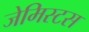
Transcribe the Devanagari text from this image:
जेमिस्टस